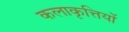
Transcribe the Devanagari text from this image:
कलाकृत्तियों